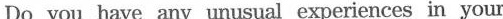
Do you have any unusual experiences in your